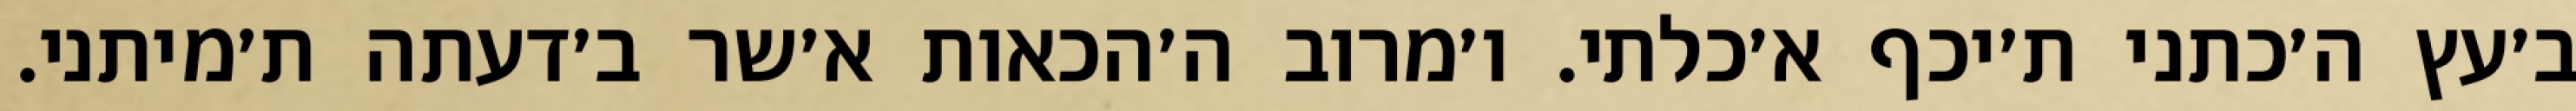
ב׳עץ ה׳כתני ת׳יכף א׳כלתי. ו׳מרוב ה׳הכאות א׳שר ב׳דעתה ת׳מיתני.